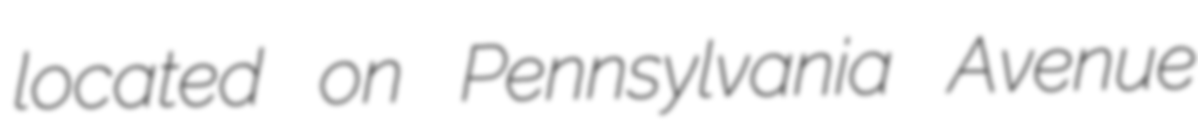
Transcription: located on Pennsylvania Avenue